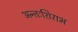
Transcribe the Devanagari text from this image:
अन्तःशिराभ